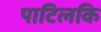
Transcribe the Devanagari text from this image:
पाटिलकि